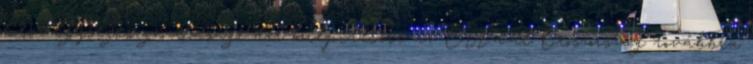
kész egységes gazdasági tér kiépítésére az EU-val Oroszország továbbra